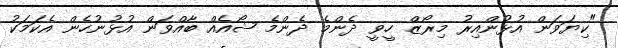
"ކިޔަވަން އުޅުންއިރު މިރޯޒް ހީވީ ދެންމެ ދެންމެ ޝޯއެއް ބާއްވަން އުޅުނުހެން އެކަމަކު